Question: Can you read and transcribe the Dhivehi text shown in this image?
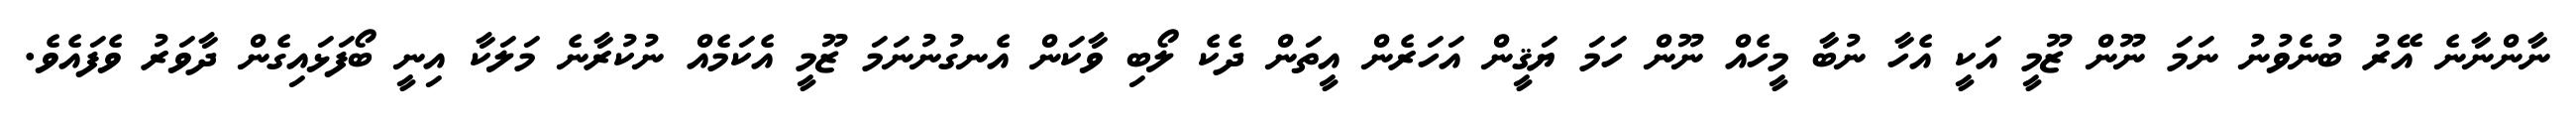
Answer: ނާންނާނެ އޭރު ބުނެވުނު ނަމަ ނޫން ޒޫމީ އަކީ އެހާ ނުބާ މީހެއް ނޫން ހަމަ ޔަޤީން އަހަރެން އީތަން ދެކެ ލޯބި ވާކަން އެނގުނުނަމަ ޒޫމީ އެކަމެއް ނުކުރާނެ މަލަކާ އިނީ ބޯފަޅައިގެން ދާވަރު ވެފައެވެ.